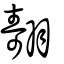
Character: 翿